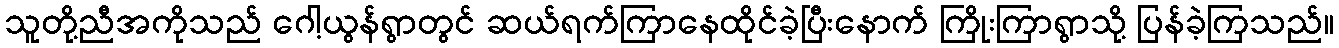
သူတို့ညီအကိုသည် ဂေါ့ယွန်ရွာတွင် ဆယ်ရက်ကြာနေထိုင်ခဲ့ပြီးနောက် ကြိုးကြာရွာသို့ ပြန်ခဲ့ကြသည်။